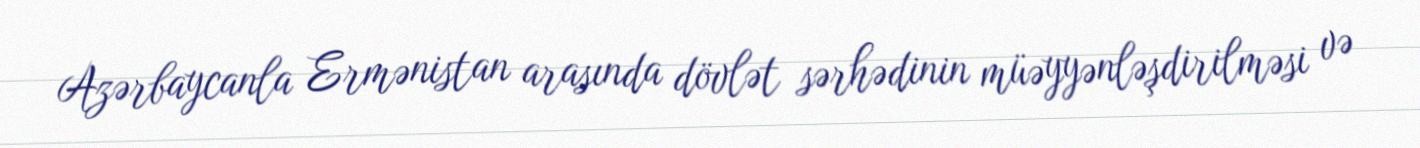
Azərbaycanla Ermənistan arasında dövlət sərhədinin müəyyənləşdirilməsi və